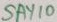
Text: SAY10